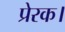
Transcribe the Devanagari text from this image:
प्रेरक।